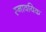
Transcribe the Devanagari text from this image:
स्नावयिक